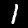
Digit: 1